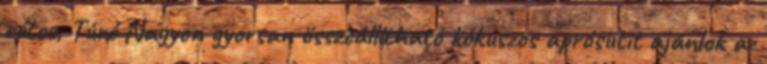
rétes, Túró Nagyon gyorsan összeállítható kókuszos aprósütit ajánlok az